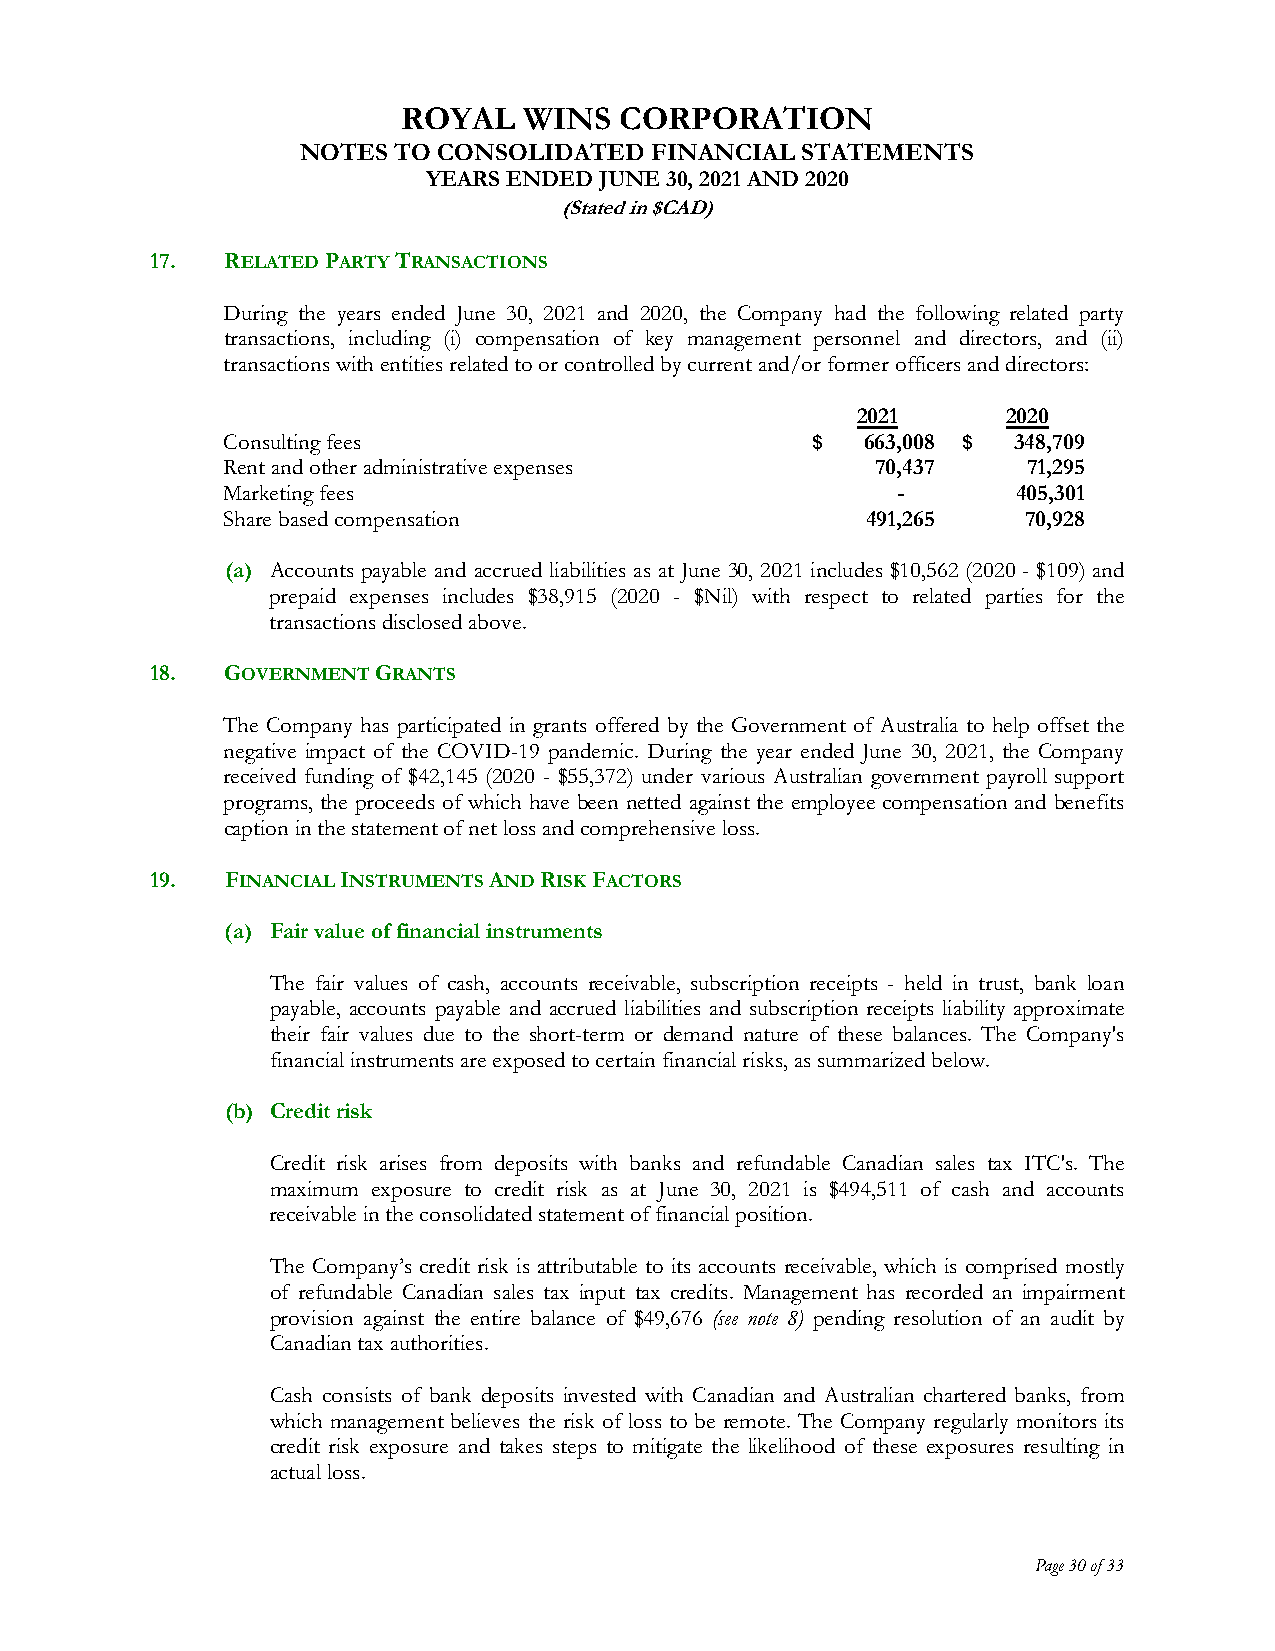
ROYAL   WINS  CORPORATION
 NOTES TO CONSOLIDATED  FINANCIAL STATEMENTS
 YEARS ENDED JUNE 30, 2021 AND 2020
 (Stated in $CAD)
 17.  RELATED PARTY TRANSACTIONS
 During the years ended June 30, 2021 and 2020, the Company had the following related party
 transactions, including (i) compensation of key management personnel and directors, and (ii)
 transactions with entities related to or controlled by current and/or former officers and directors:
 2021      2020
 Consulting fees                        $  663,008 $ 348,709
 Rent and other administrative expenses     70,437    71,295
 Marketing fees                              -       405,301
 Share based compensation                  491,265    70,928
 (a) Accounts payable and accrued liabilities as at June 30, 2021 includes $10,562 (2020 - $109) and
 prepaid expenses includes $38,915 (2020 - $Nil) with respect to related parties for the
 transactions disclosed above.
 18.  GOVERNMENT GRANTS
 The Company has participated in grants offered by the Government of Australia to help offset the
 negative impact of the COVID-19 pandemic. During the year ended June 30, 2021, the Company
 received funding of $42,145 (2020 - $55,372) under various Australian government payroll support
 programs, the proceeds of which have been netted against the employee compensation and benefits
 caption in the statement of net loss and comprehensive loss.
 19.  FINANCIAL INSTRUMENTS AND RISK FACTORS
 (a) Fair value of financial instruments
 The fair values of cash, accounts receivable, subscription receipts - held in trust, bank loan
 payable, accounts payable and accrued liabilities and subscription receipts liability approximate
 their fair values due to the short-term or demand nature of these balances. The Company's
 financial instruments are exposed to certain financial risks, as summarized below.
 (b) Credit risk
 Credit risk arises from deposits with banks and refundable Canadian sales tax ITC's. The
 maximum exposure to credit risk as at June 30, 2021 is $494,511 of cash and accounts
 receivable in the consolidated statement of financial position.
 The Company’s credit risk is attributable to its accounts receivable, which is comprised mostly
 of refundable Canadian sales tax input tax credits. Management has recorded an impairment
 provision against the entire balance of $49,676 (see note 8) pending resolution of an audit by
 Canadian tax authorities.
 Cash consists of bank deposits invested with Canadian and Australian chartered banks, from
 which management believes the risk of loss to be remote. The Company regularly monitors its
 credit risk exposure and takes steps to mitigate the likelihood of these exposures resulting in
 actual loss.
 Page 30 of 33